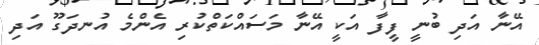
އޭނާ އަދި ބުނީ ފީފާ އަކީ އޭނާ މަސައްކަތްކުރި އެންމެ އުނދަގޫ އަދި